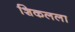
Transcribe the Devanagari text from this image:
शिकलला